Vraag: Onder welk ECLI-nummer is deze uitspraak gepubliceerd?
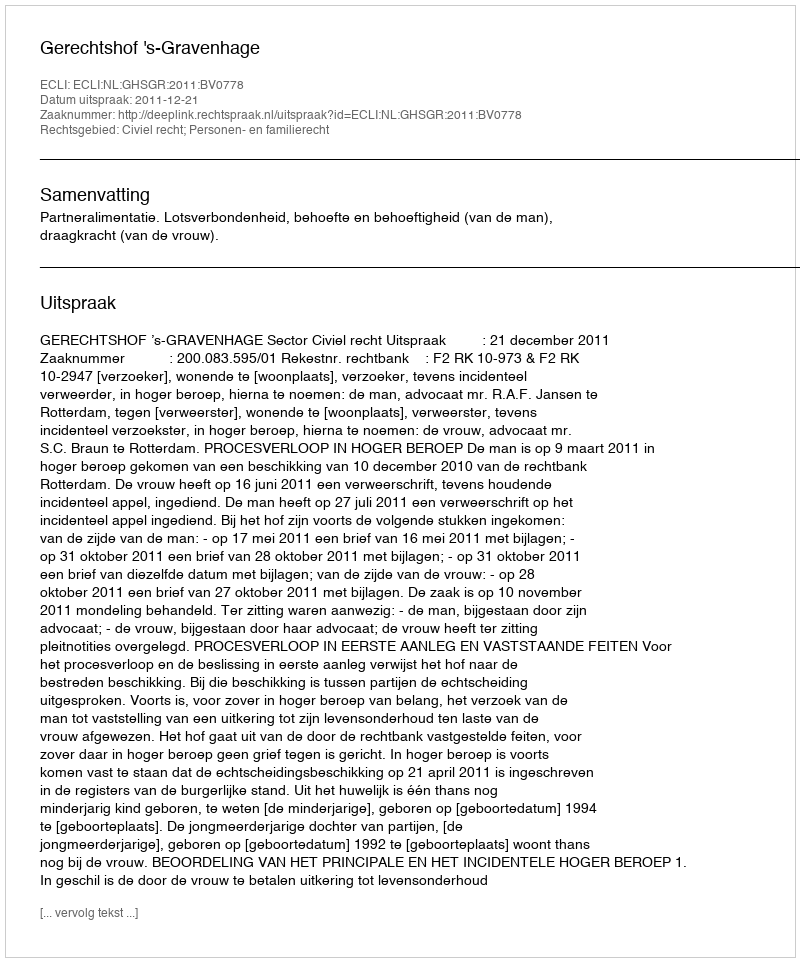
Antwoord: ECLI:NL:GHSGR:2011:BV0778